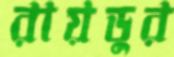
রায়ডুর